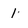
Character: 1